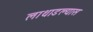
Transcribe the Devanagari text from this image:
लाथाडल्यास